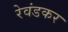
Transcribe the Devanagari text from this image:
रेवंडकर